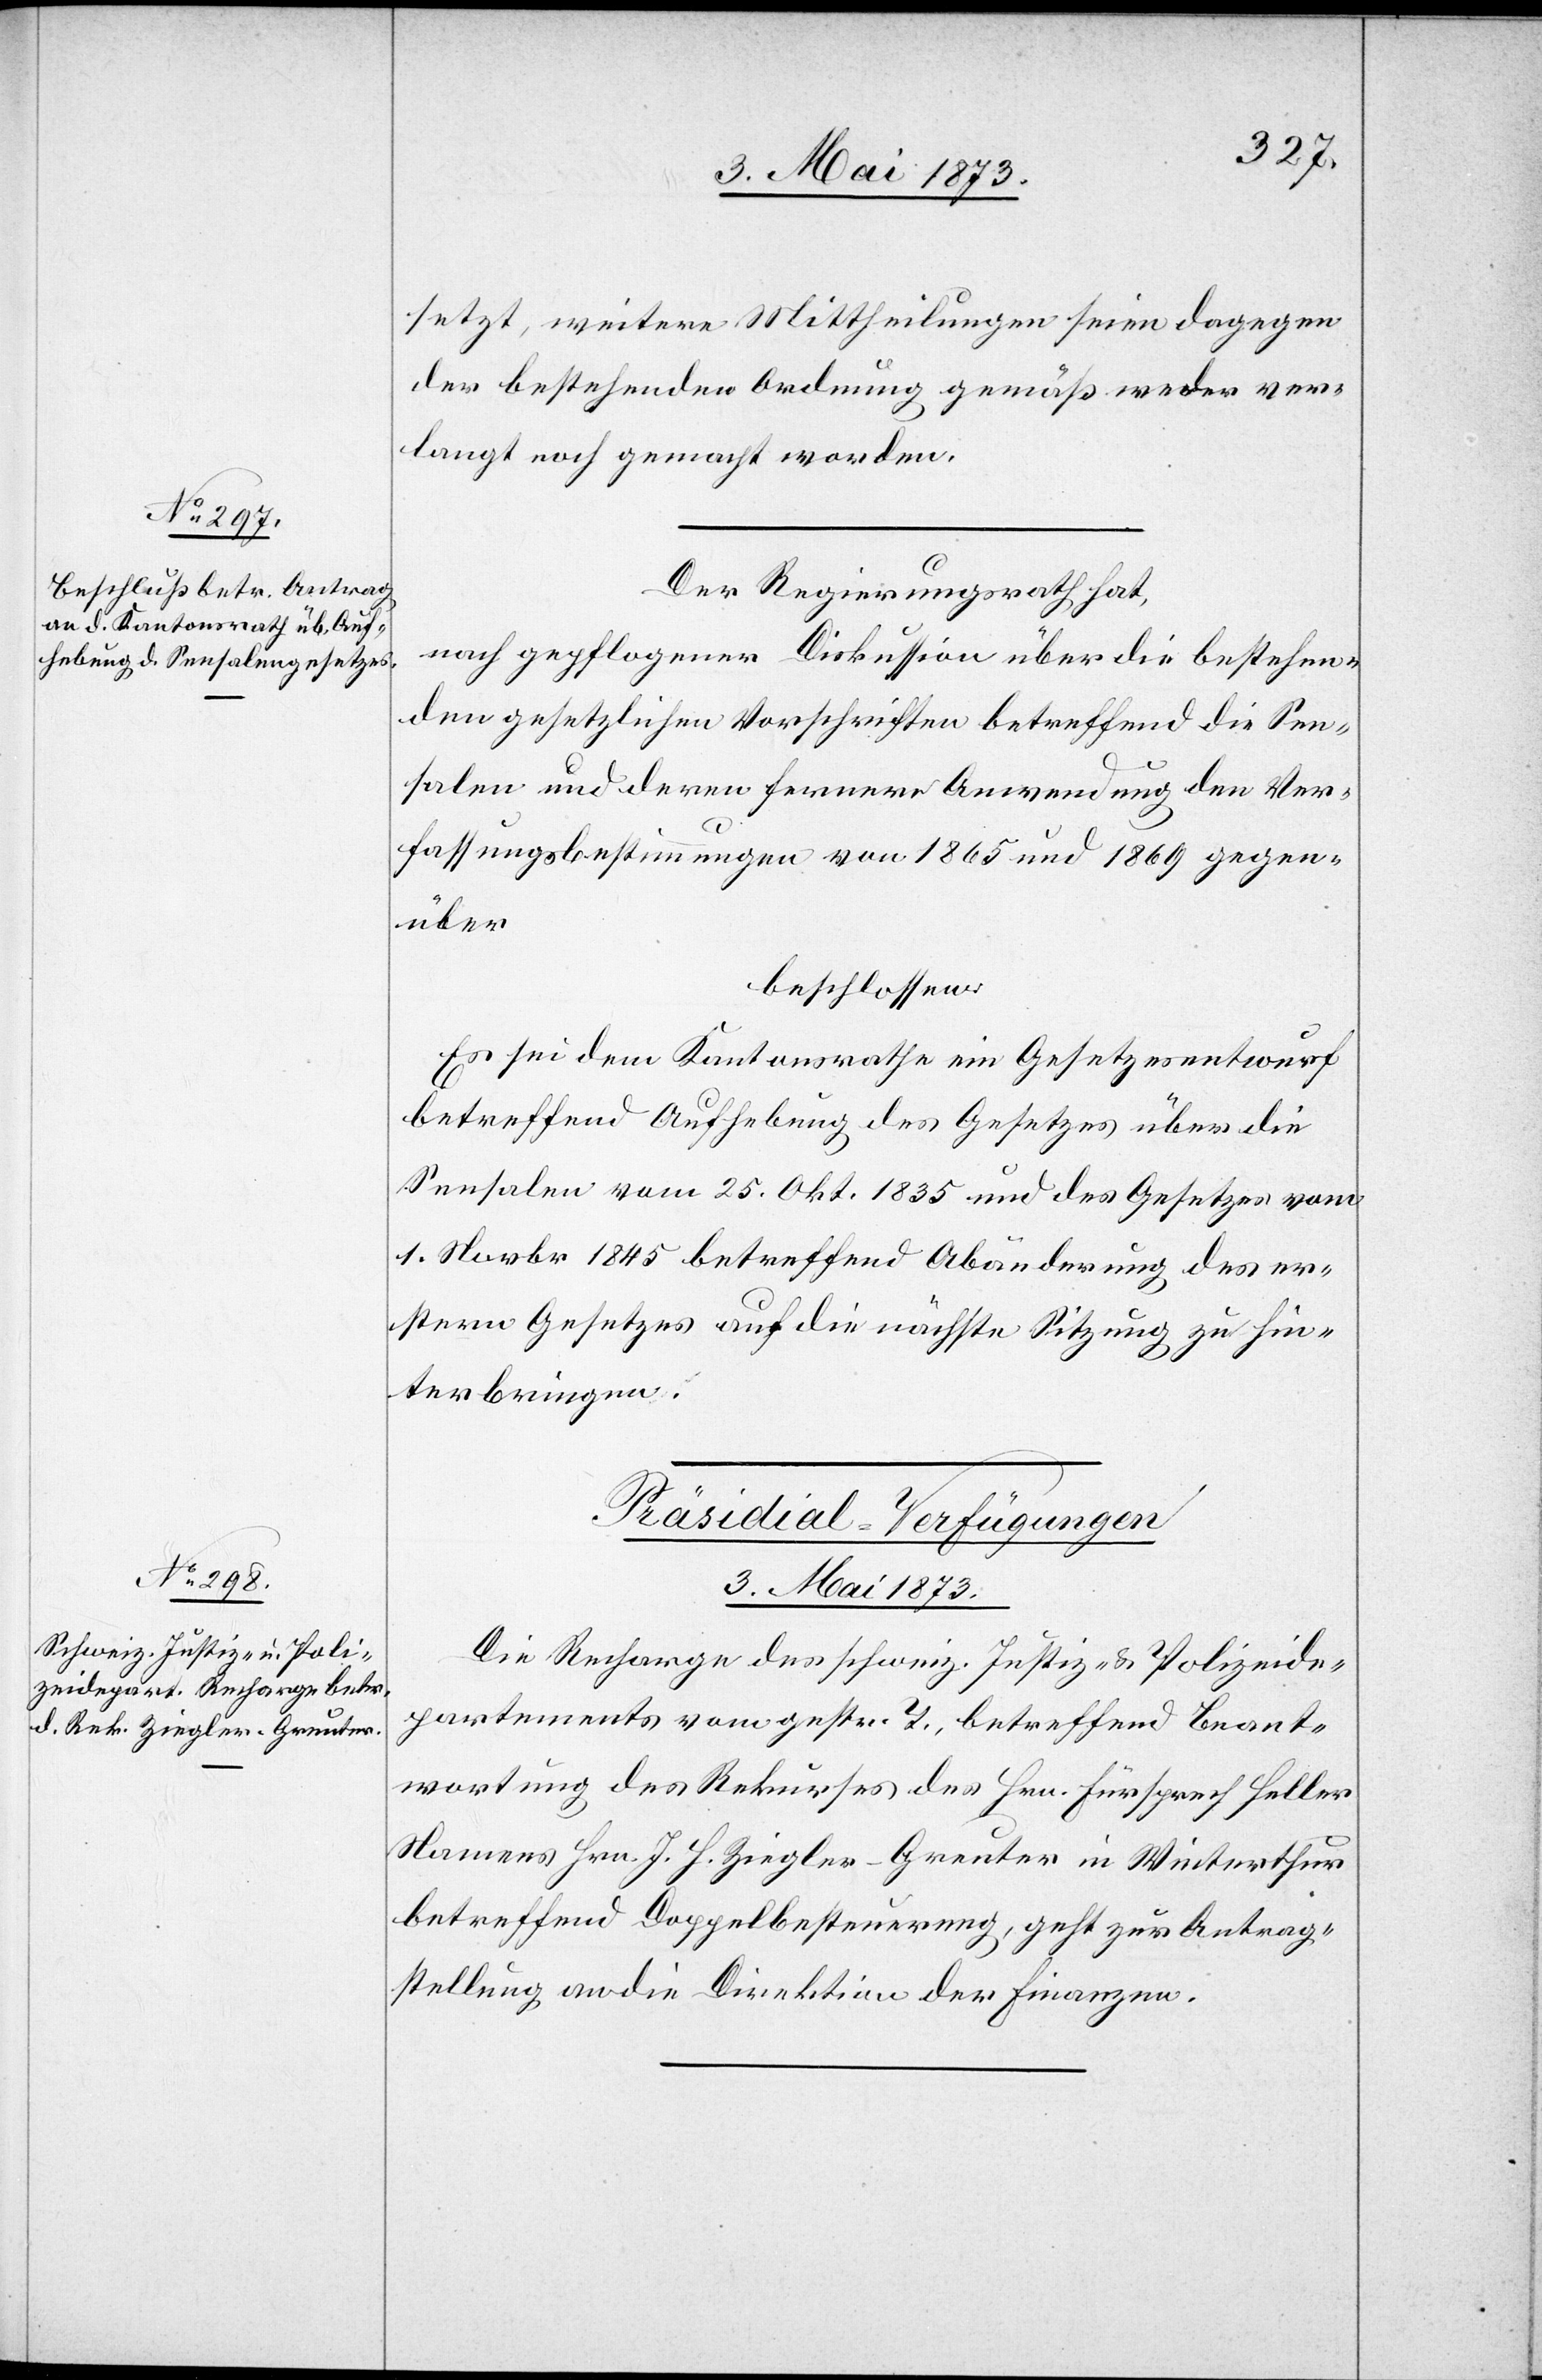
setzt, weitere Mittheilungen seien dagegen
der bestehenden Ordnung gemäß weder ver¬
langt noch gemacht worden.
Der Regierungsrath hat,
nach gepflogener Diskussion über die bestehen¬
den gesetzlichen Vorschriften betreffend die Sen¬
salen und deren fernere Anwendung den Ver¬
fassungsbestimmungen von 1865 und 1869 gegen¬
über
beschlossen:
Es sei dem Kantonsrathe ein Gesetzesentwurf
betreffend Aufhebung des Gesetzes über die
Sensalen vom 25. Okt. 1835 und des Gesetzes vom
1. Novbr 1845 betreffend Abänderung des er¬
stern Gesetzes auf die nächste Sitzung zu hin¬
terbringen.
Präsidial-Verfügungen
3. Mai 1873.
Die Recharge des schweiz. Justiz- & Polizeide¬
partements vom gestr. T., betreffend Beant¬
wortung des Rekurses des Hrn. Fürsprech Heller
Namens Hrn. J. H. Ziegler-Greuter in Winterthur
betreffend Doppelbesteuerung, geht zur Antrag¬
stellung an die Direktion der Finanzen.